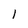
Character: 1